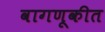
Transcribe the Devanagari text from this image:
वागणूकीत